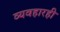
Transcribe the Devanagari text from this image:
व्यवहारही